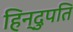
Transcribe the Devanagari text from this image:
हिन्दुपति